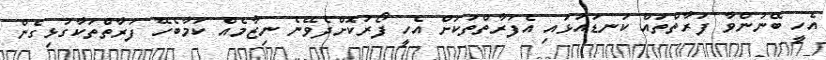
އެހީ ބޭނުންވާ ފަރާތްތައް ކަނޑައަޅައި އެފަރާތްތަކަށް އެހީ ފޯރުކޮށްދެވޭނެ ނިޒާމެއް ކަމާބެހޭ ފަރާތްތަކާގުޅިގެން